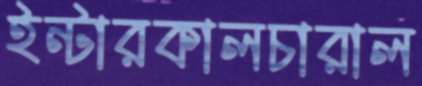
ইন্টারকালচারাল